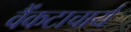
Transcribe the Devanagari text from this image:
वैंकटाचार्य